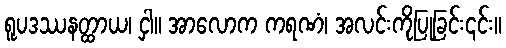
ရူပဒဿနတ္ထာယ၊ ငှါ။ အာလောက ကရဏံ၊ အလင်းကိုပြုခြင်း၎င်း။